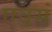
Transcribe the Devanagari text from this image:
एवसं